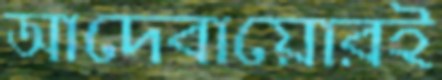
আদেবায়োরই